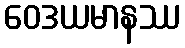
ဝေဒယမာနဿ